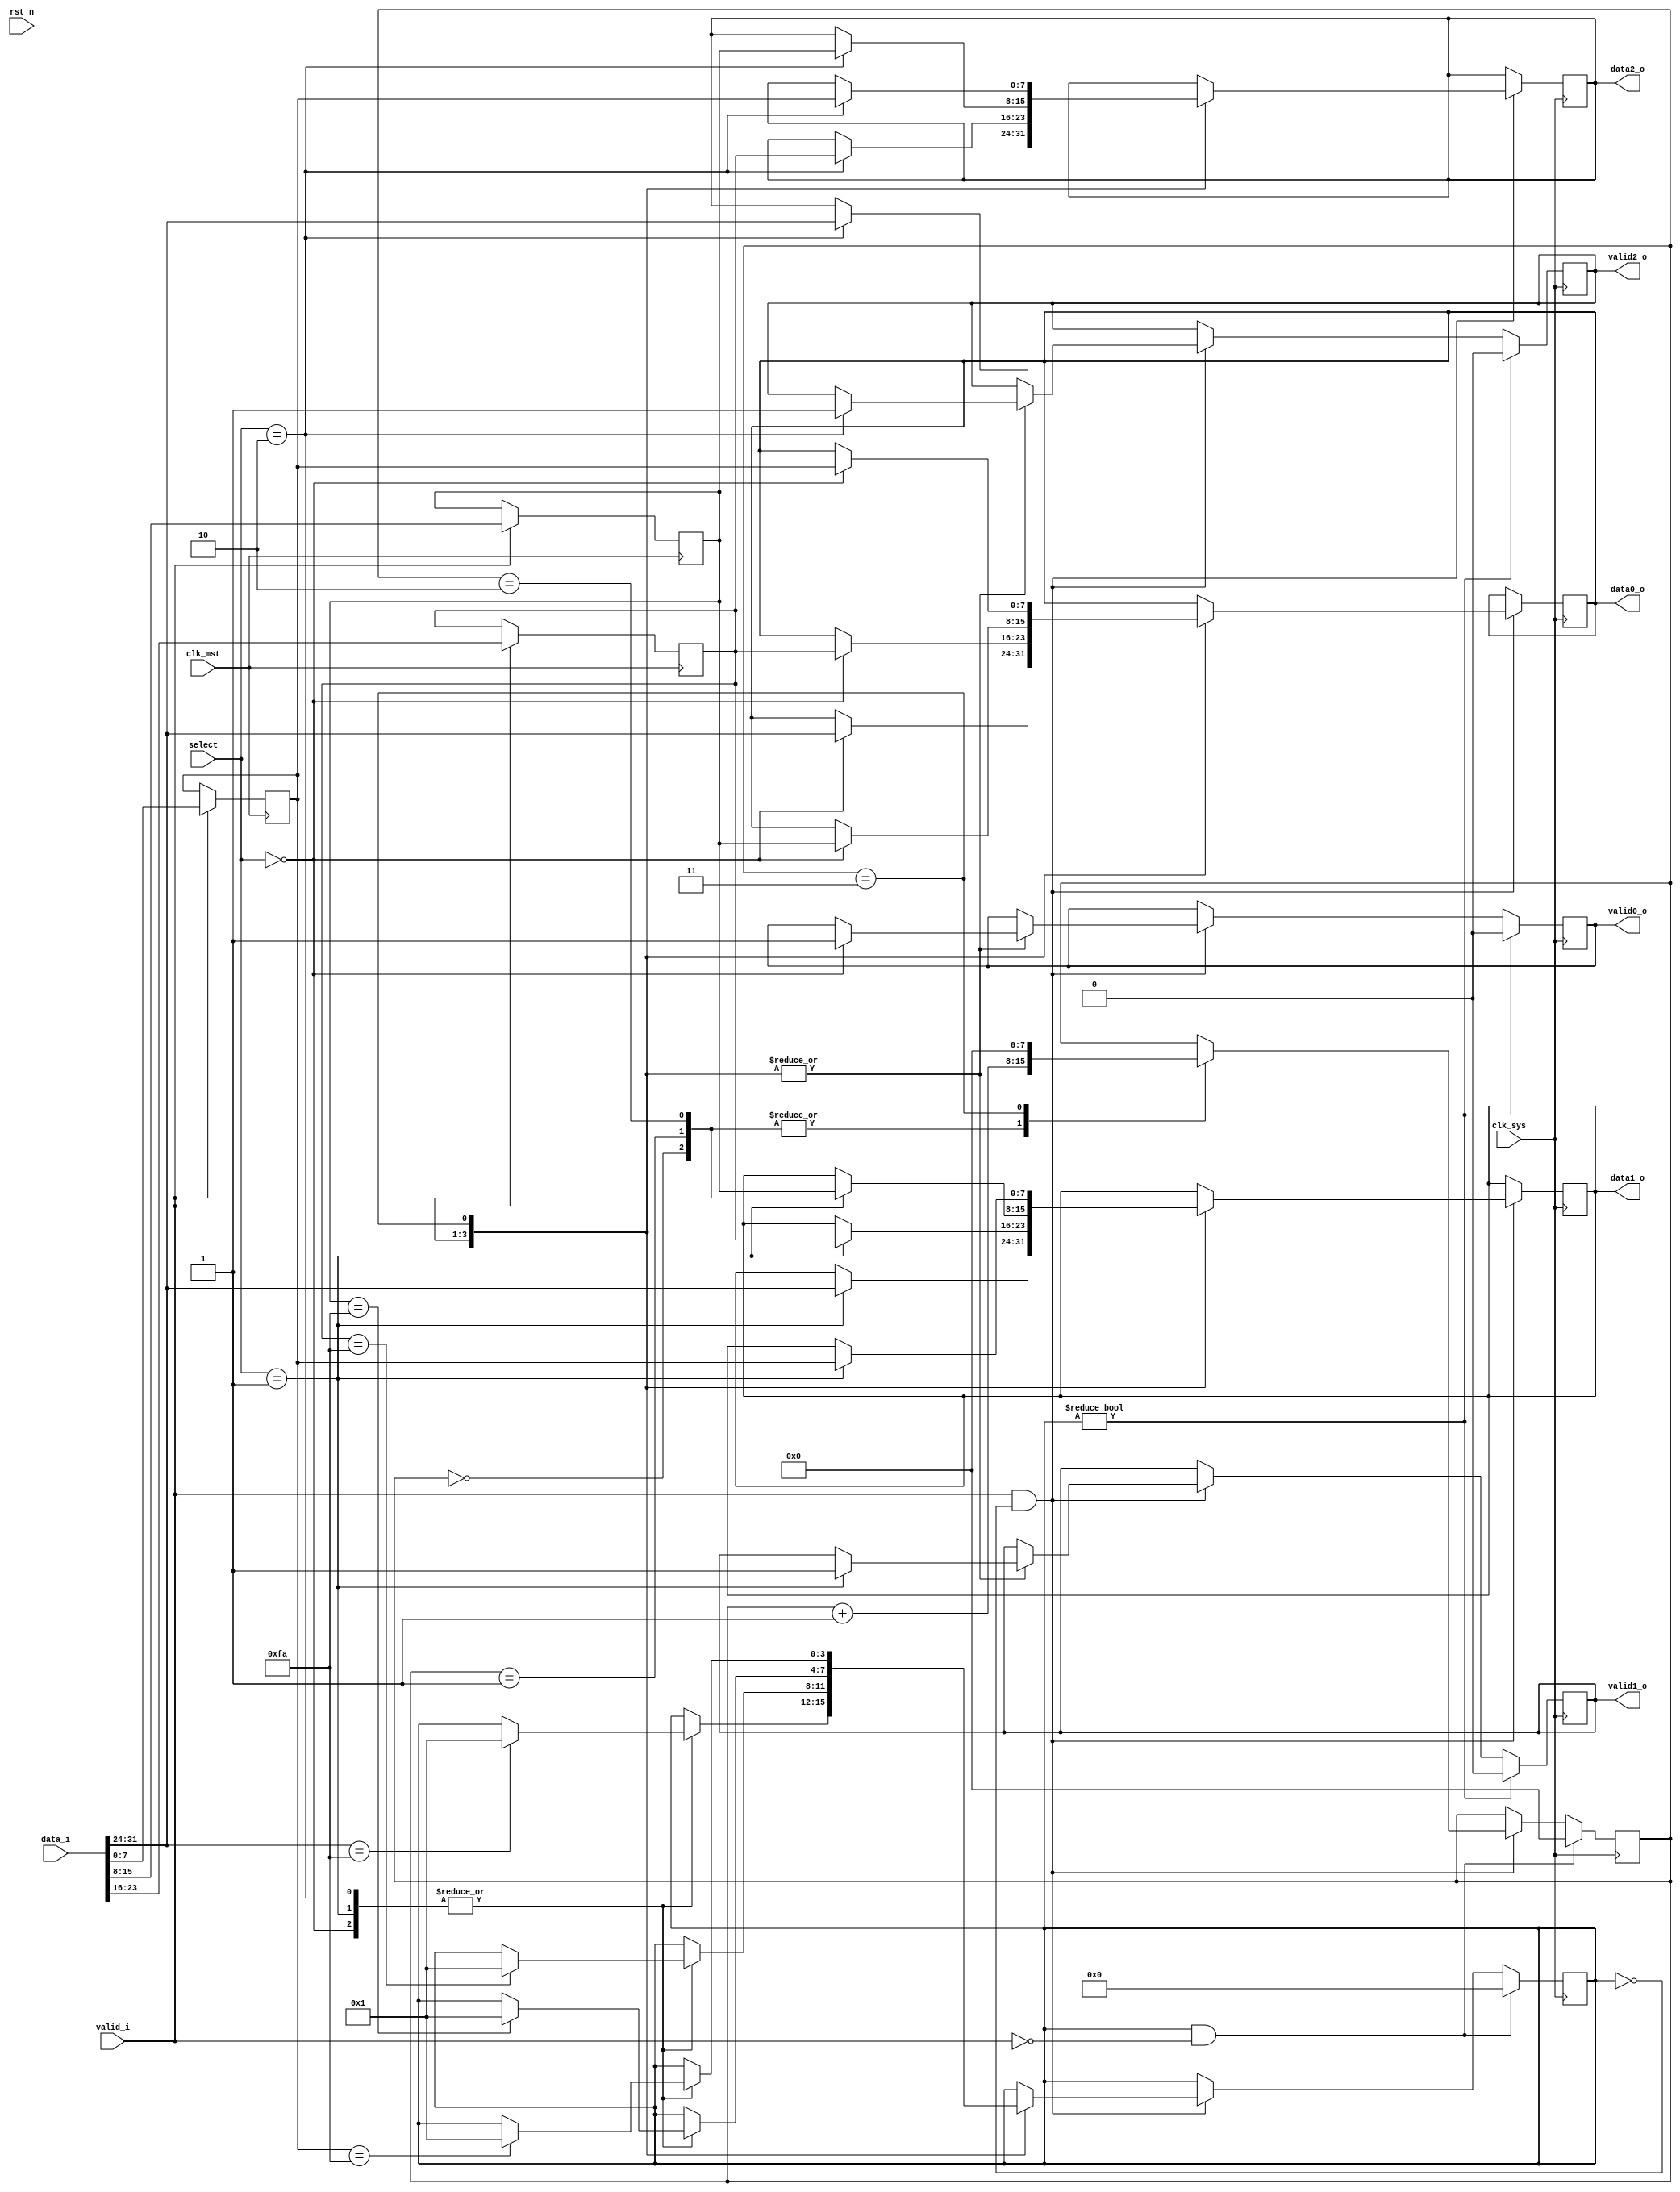
`timescale 1ns / 1ps
//////////////////////////////////////////////////////////////////////////////////
// Company: 
// Engineer: 
// 
// Design Name: 
// Module Name:    demux 
// Project Name: 
// Target Devices: 
// Tool versions: 
// Description: 
//
// Dependencies: 
//
// Revision: 
// Revision 0.01 - File Created
// Additional Comments: 
//
//////////////////////////////////////////////////////////////////////////////////

module demux #(
		parameter MST_DWIDTH = 32,
		parameter SYS_DWIDTH = 8
	)(
		// Clock and reset interface
		input clk_sys,
		input clk_mst,
		input rst_n,
		
		//Select interface
		input[1:0] select,
		
		// Input interface
		input [MST_DWIDTH -1  : 0]	 data_i,
		input 						 	 valid_i,
		
		//output interfaces
		output reg [SYS_DWIDTH - 1 : 0] 	data0_o,
		output reg     						valid0_o,
		
		output reg [SYS_DWIDTH - 1 : 0] 	data1_o,
		output reg     						valid1_o,
		
		output reg [SYS_DWIDTH - 1 : 0] 	data2_o,
		output reg     						valid2_o
    );
	

`define send 0
`define waiting 2
	
	
reg [SYS_DWIDTH - 1 : 0] t1,t2,t3,t4;
reg [7:0] counter=0, countAux=0, i=0,i_next=0;;
reg [3:0] state, next_state=`waiting, next_valid;
reg [1:0] selectAux=0;
reg [3:0] endTr1=0, endTr2=0, endTr3=0, endTr4=0;
reg [3:0] endTr=0;


always @(posedge clk_sys)	//se analizeaza pe rand cele 4 caractere si in functie de select sunt trimise pe data(0/1/2) si bitul de enable este pus pe 1 pentru output-ul respectiv
begin

if(valid_i && endTr==0)	//se asteapta identificarea caracterului 0xFA, moment in care endTr devine 1 si se opreste trimiterea urmatoarelor date
	case(counter)
		0:begin 				//i=0		
			case(select)
				0: begin  data0_o<=data_i[31:24]; valid0_o<=1; if(data_i[31:24]==8'hFA) endTr<=1; end
				1:	begin  data1_o<=data_i[31:24]; valid1_o<=1; if(data_i[31:24]==8'hFA) endTr<=1; end
				2: begin  data2_o<=data_i[31:24]; valid2_o<=1; if(data_i[31:24]==8'hFA) endTr<=1; end
			endcase
			counter<=counter+1;
		end

		1:begin 				//i=1
			case(select)
				0: begin  data0_o<=t2; valid0_o<=1; if(t2==8'hFA) endTr<=1; end
				1:	begin  data1_o<=t2; valid1_o<=1; if(t2==8'hFA) endTr<=1; end
				2: begin  data2_o<=t2; valid2_o<=1; if(t2==8'hFA) endTr<=1; end
			endcase
			counter<=counter+1;
		end
		
		2:begin  			//i=2
			case(select)
				0: begin  data0_o<=t3; valid0_o<=1; if(t3==8'hFA) endTr<=1; end
				1:	begin  data1_o<=t3; valid1_o<=1; if(t3==8'hFA) endTr<=1; end
				2: begin  data2_o<=t3; valid2_o<=1; if(t3==8'hFA) endTr<=1; end
			endcase
			counter<=counter+1;
		end
		
		3:begin  		//i=3
		
			case(select)
				0: begin  data0_o<=t4; valid0_o<=1; if(t4==8'hFA) endTr<=1; end
				1:	begin  data1_o<=t4; valid1_o<=1; if(t4==8'hFA) endTr<=1; end
				2: begin  data2_o<=t4; valid2_o<=1; if(t4==8'hFA) endTr<=1; end
			endcase
			counter<=0;
		end
	endcase
	
	
if(endTr)	//se trec semnalele de valid_o pe 0 pentru ca a fost gasit caracterul 0xFA
begin
valid0_o<=0;
valid1_o<=0;
valid2_o<=0;
end

if(endTr && valid_i==0)	//se reseteaza in intregime pentru a pregati demuxul pentru urmatorul sir de caractere
begin
endTr<=0;
counter<=0;
end

	
end


always @(posedge clk_mst)	//se stocheaza cele 4 caractere
begin

if(valid_i)
begin
t1<=data_i[31:24];
t2<=data_i[23:16];
t3<=data_i[15:8];
t4<=data_i[7:0];
end

end

endmodule